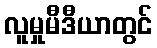
လူမှုမီဒီယာတွင်